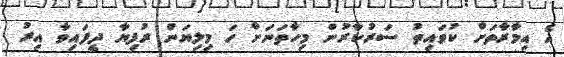
އެ އިމާރާތަށް ކުވައިތު ސަރުކާރުން މިހާތަނަށް ހަ މިލިޔަން ރުފިޔާ ދީފައިވާ އިރު